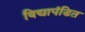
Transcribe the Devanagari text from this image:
विद्यापंडित